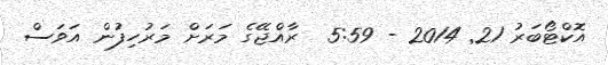
އޮކްޓޯބަރު 21